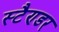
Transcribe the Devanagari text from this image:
स्टैण्डर